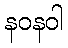
နဝနဝါ